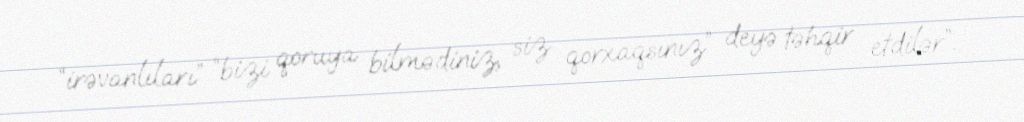
“irəvanlıları” “bizi qoruya bilmədiniz, siz qorxaqsınız” deyə təhqir etdilər”.